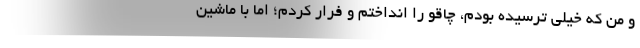
و من که خیلی ترسیده بودم، چاقو را انداختم و فرار کردم؛ اما با ماشین